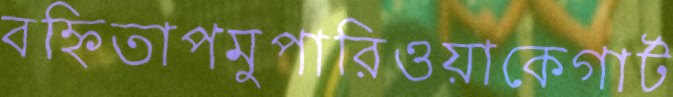
বহ্নিতাপমুপারিওয়াকেগার্ট